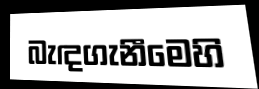
බැඳගැනීමෙහි